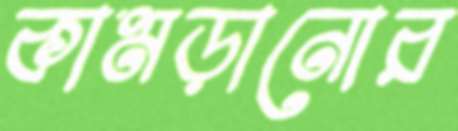
কামড়ানোর